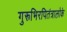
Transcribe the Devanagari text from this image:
गुरूभिरपितंत्रालोके